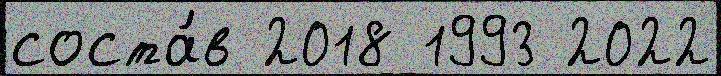
соста́в 2018 1993 2022